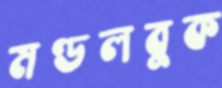
মণ্ডলবুক